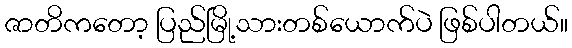
ဇာတိကတော့ ပြည်မြို့သားတစ်ယောက်ပဲ ဖြစ်ပါတယ်။